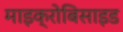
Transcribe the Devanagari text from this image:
माइक्रोबिसाइड